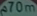
70m